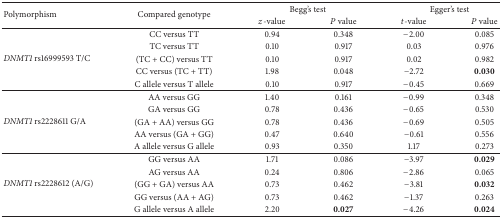
<table><thead><tr><td rowspan="2"><b>Polymorphism</b></td><td rowspan="2"><b>Compared genotype</b></td><td colspan="2"><b>Begg&#x27;s test</b></td><td colspan="2"><b>Egger&#x27;s test</b></td></tr><tr><td><b><i>z</i>-value</b></td><td><b><i>P</i> value</b></td><td><b><i>t</i>-value</b></td><td><b><i>P</i> value</b></td></tr></thead><tbody><tr><td rowspan="5"><i>DNMT1</i> rs16999593 T/C</td><td>CC versus TT</td><td>0.94</td><td>0.348</td><td>−2.00</td><td>0.085</td></tr><tr><td>TC versus TT</td><td>0.10</td><td>0.917</td><td>0.03</td><td>0.976</td></tr><tr><td>(TC + CC) versus TT</td><td>0.10</td><td>0.917</td><td>0.02</td><td>0.982</td></tr><tr><td>CC versus (TC + TT)</td><td>1.98</td><td>0.048</td><td>−2.72</td><td><b>0.030</b></td></tr><tr><td>C allele versus T allele</td><td>0.10</td><td>0.917</td><td>−0.45</td><td>0.669</td></tr><tr><td rowspan="5"><i>DNMT1</i> rs2228611 G/A</td><td>AA versus GG</td><td>1.40</td><td>0.161</td><td>−0.99</td><td>0.348</td></tr><tr><td>GA versus GG</td><td>0.78</td><td>0.436</td><td>−0.65</td><td>0.530</td></tr><tr><td>(GA + AA) versus GG</td><td>0.78</td><td>0.436</td><td>−0.69</td><td>0.505</td></tr><tr><td>AA versus (GA + GG)</td><td>0.47</td><td>0.640</td><td>−0.61</td><td>0.556</td></tr><tr><td>A allele versus G allele</td><td>0.93</td><td>0.350</td><td>1.17</td><td>0.273</td></tr><tr><td rowspan="5"><i>DNMT1</i> rs2228612 (A/G)</td><td>GG versus AA</td><td>1.71</td><td>0.086</td><td>−3.97</td><td><b>0.029</b></td></tr><tr><td>AG versus AA</td><td>0.24</td><td>0.806</td><td>−2.86</td><td>0.065</td></tr><tr><td>(GG + GA) versus AA</td><td>0.73</td><td>0.462</td><td>−3.81</td><td><b>0.032</b></td></tr><tr><td>GG versus (AA + AG)</td><td>0.73</td><td>0.462</td><td>−1.37</td><td>0.263</td></tr><tr><td>G allele versus A allele</td><td>2.20</td><td><b>0.027</b></td><td>−4.26</td><td><b>0.024</b></td></tr></tbody></table>